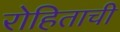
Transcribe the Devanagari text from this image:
रोहिताची